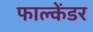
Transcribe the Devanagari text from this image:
फाल्केंडर